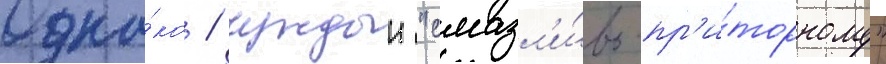
Одна́ко / чуждыи "смазл'и́во-пр'и́торному"